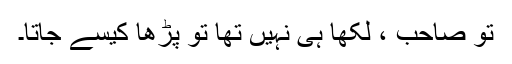
تو صاحب ، لکھا ہی نہیں تھا تو پڑھا کیسے جاتا۔